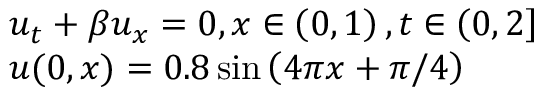
\begin{array} { l } { { u _ { t } } + \beta { u _ { x } } = 0 , \mathrm { { } } x \in \left( { 0 , 1 } \right) , t \in \left( { 0 , 2 } \right] } \\ { u ( 0 , x ) = 0 . 8 \sin \left( { 4 \pi x + \pi / 4 } \right) } \end{array}